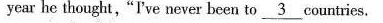
year he thought,"I've never been to \underline{3} countries.